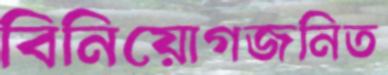
বিনিয়োগজনিত